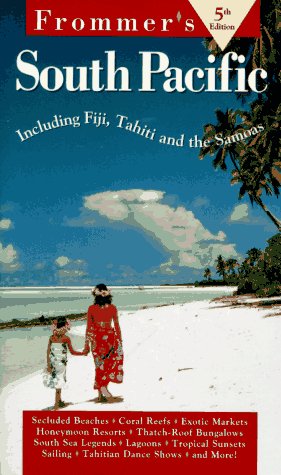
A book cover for Frommer's South Pacific: Including Tahiti, Fiji, & the Cook Islands (5th ed); Bill Goodwin; Travel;